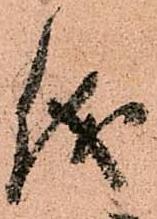
儀